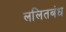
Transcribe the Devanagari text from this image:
ललितबंध